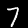
Digit: 7